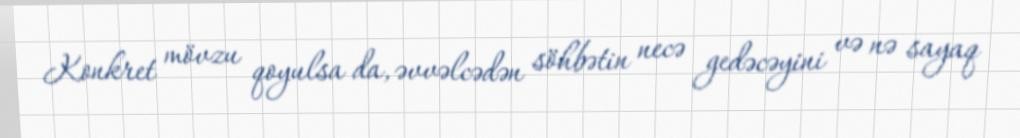
Konkret mövzu qoyulsa da, əvvəlcədən söhbətin necə gedəcəyini və nə sayaq